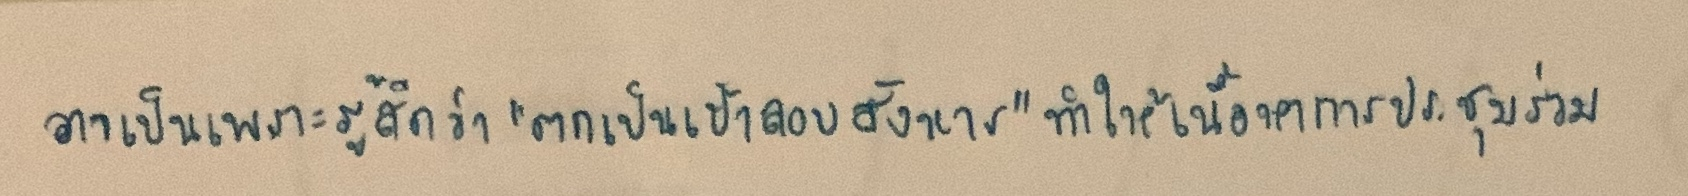
อาจจะเป็นเพราะรู้สึกว่า"ตกเป็นเป้าลอบสังหาร"ทำให้เนื้อหาการประชุมร่วม